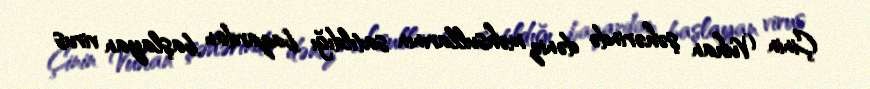
Çinin Vuhan şəhərində dəniz məhsullarının satıldığı bazardan başlayan virus